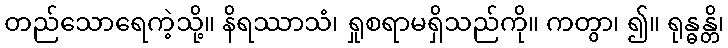
တည်သောရေကဲ့သို့။ နိရဿာသံ၊ ရှုစရာမရှိသည်ကို။ ကတွာ၊ ၍။ ရုန္ဓန္တိ၊